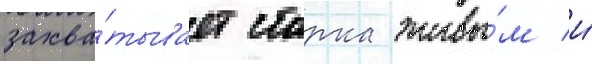
захва́тывает старка живы́м и́